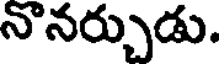
నొనర్చుడు.